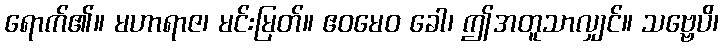
ရောက်၏။ မဟာရာဇ၊ မင်းမြတ်။ ဧဝမေဝ ခေါ၊ ဤအတူသာလျှင်။ သဗ္ဗေပိ၊